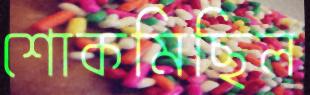
শোকমিছিল